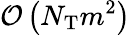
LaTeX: \mathcal{O}\left(N_{\mathrm{T}}m^{2}\right)